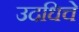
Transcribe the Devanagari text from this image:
उदधिचे